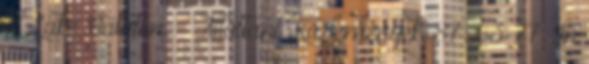
of Lake Balaton. - Állattani Közlemények, 87: 63-77. In